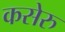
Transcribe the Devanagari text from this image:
कसेरु